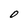
Character: O